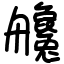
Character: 艬